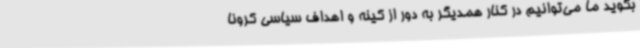
بگوید ما می‌توانیم در کنار همدیگر به دور از کینه و اهداف سیاسی کرونا